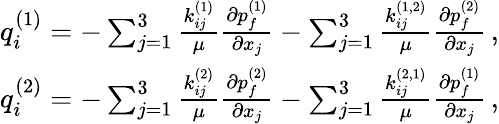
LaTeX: \begin{array}{r}{q_{i}^{(1)}=-\sum_{j=1}^{3}\frac{k_{ij}^{(1)}}{\mu}\frac{\partial{p_{f}^{(1)}}}{\partial{x_{j}}}-\sum_{j=1}^{3}\frac{k_{ij}^{(1,2)}}{\mu}\frac{\partial{p_{f}^{(2)}}}{\partial{x_{j}}}\, ,}\\ {q_{i}^{(2)}=-\sum_{j=1}^{3}\frac{k_{ij}^{(2)}}{\mu}\frac{\partial{p_{f}^{(2)}}}{\partial{x_{j}}}-\sum_{j=1}^{3}\frac{k_{ij}^{(2,1)}}{\mu}\frac{\partial{p_{f}^{(1)}}}{\partial{x_{j}}}\, ,}\end{array}